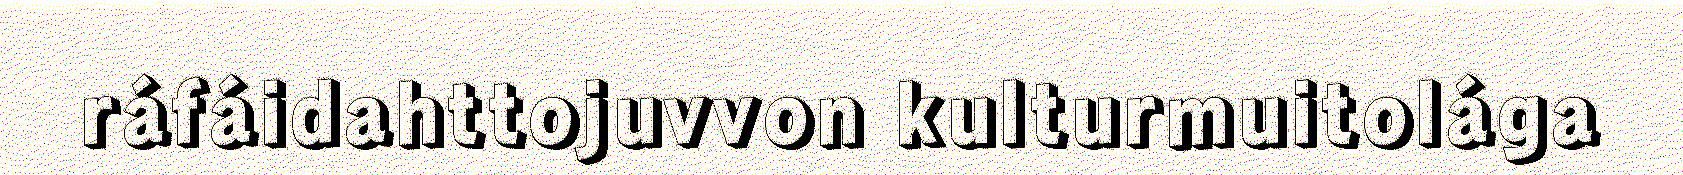
ráfáidahttojuvvon kulturmuitolága